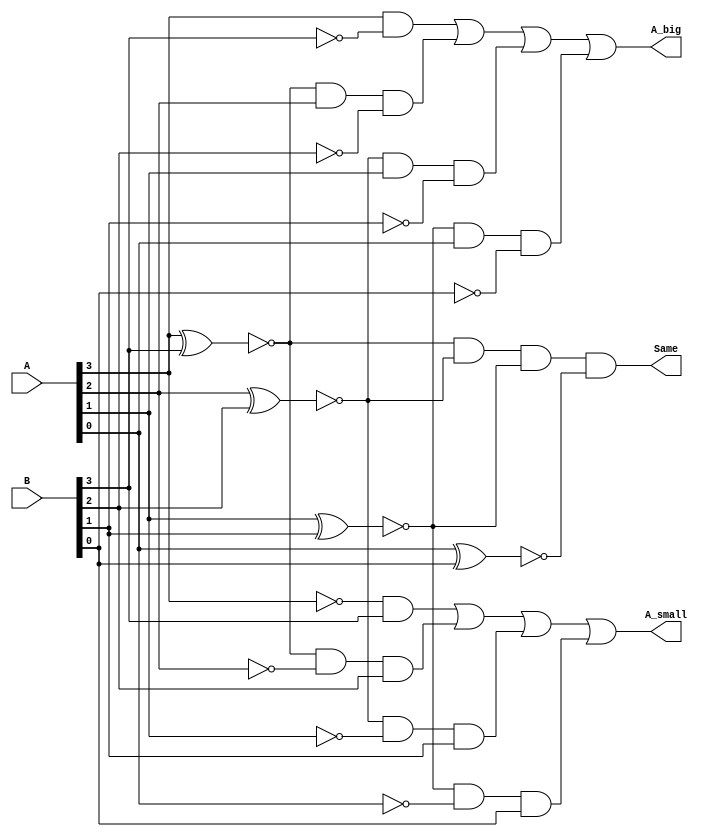
`timescale 1ns / 1ps

module Four_Bit_Comparator(A, B, A_big, Same, A_small);

input [3:0] A, B;
output A_big, Same, A_small;

wire X0, X1, X2, X3;

assign X0 = ~(A[0]^B[0]);
assign X1 = ~(A[1]^B[1]);
assign X2 = ~(A[2]^B[2]);
assign X3 = ~(A[3]^B[3]);

assign A_big = (A[3] & (~B[3])) | (X3 & A[2] & (~B[2])) | (X2 & A[1] & (~B[1])) | (X1 & A[0] & (~B[0])); 
assign Same = X3 & X2 & X1 & X0;
assign A_small = ((~A[3]) & B[3]) | (X3 & (~A[2]) & B[2]) | (X2 & (~A[1]) & B[1]) | (X1 & (~A[0]) & B[0]); 

endmodule